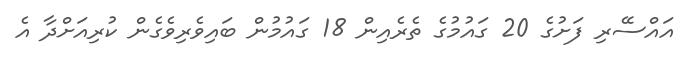
އައްސޭރި ފަށުގެ 20 ގައުމުގެ ތެރެއިން 18 ގައުމުން ބައިވެރިވެގެން ކުރިއަށްދާ އެ